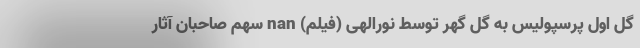
گل اول پرسپولیس به گل گهر توسط نورالهی (فیلم) nan سهم صاحبان آثار